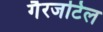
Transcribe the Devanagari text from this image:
गैरजटिल